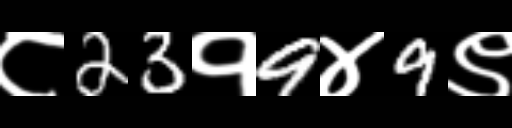
Text: ८23१9४9९